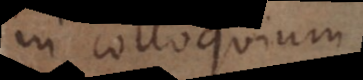
in colloquium